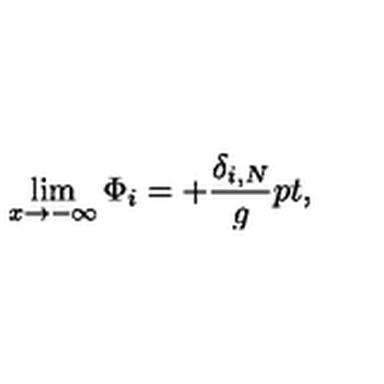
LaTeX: \lim _ { x \rightarrow - \infty } \Phi _ { i } = + { \frac { \delta _ { i , N } } { g } } \raise 2 p t \mathrm { , }